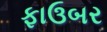
ફાઉબર